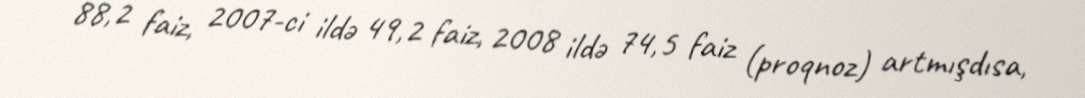
88,2 faiz, 2007-ci ildə 49,2 faiz, 2008 ildə 74,5 faiz (proqnoz) artmışdısa,